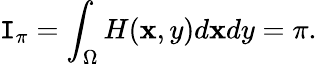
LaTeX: \mathtt{I}_{\pi}=\int_{\Omega}H(\mathbf{x},y)d\mathbf{x}dy=\pi.